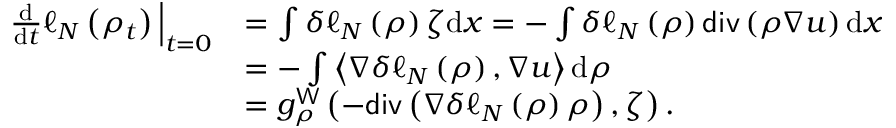
\begin{array} { r l } { \frac { \mathrm { d } } { \mathrm { d } t } \ell _ { N } \left( \rho _ { t } \right) \Big | _ { t = 0 } } & { = \int \delta \ell _ { N } \left( \rho \right) \zeta \mathrm { d } x = - \int \delta \ell _ { N } \left( \rho \right) \mathsf { d i v } \left( \rho \nabla u \right) \mathrm { d } x } \\ & { = - \int \left\langle \nabla \delta \ell _ { N } \left( \rho \right) , \nabla u \right\rangle \mathrm { d } \rho } \\ & { = g _ { \rho } ^ { \mathsf { W } } \left( - \mathsf { d i v } \left( \nabla \delta \ell _ { N } \left( \rho \right) \rho \right) , \zeta \right) . } \end{array}